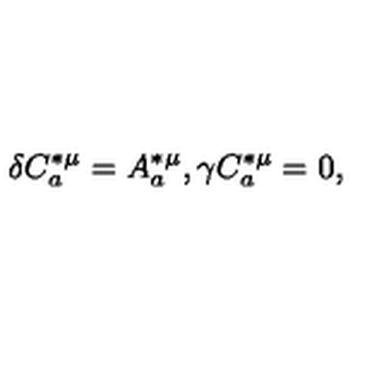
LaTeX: \delta C _ { a } ^ { * \mu } = A _ { a } ^ { * \mu } , \gamma C _ { a } ^ { * \mu } = 0 ,